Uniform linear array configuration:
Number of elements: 32
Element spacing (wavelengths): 0.25
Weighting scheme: uniform
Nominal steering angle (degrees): -45
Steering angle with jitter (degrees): -46.319
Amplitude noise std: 0.05
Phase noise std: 0.05

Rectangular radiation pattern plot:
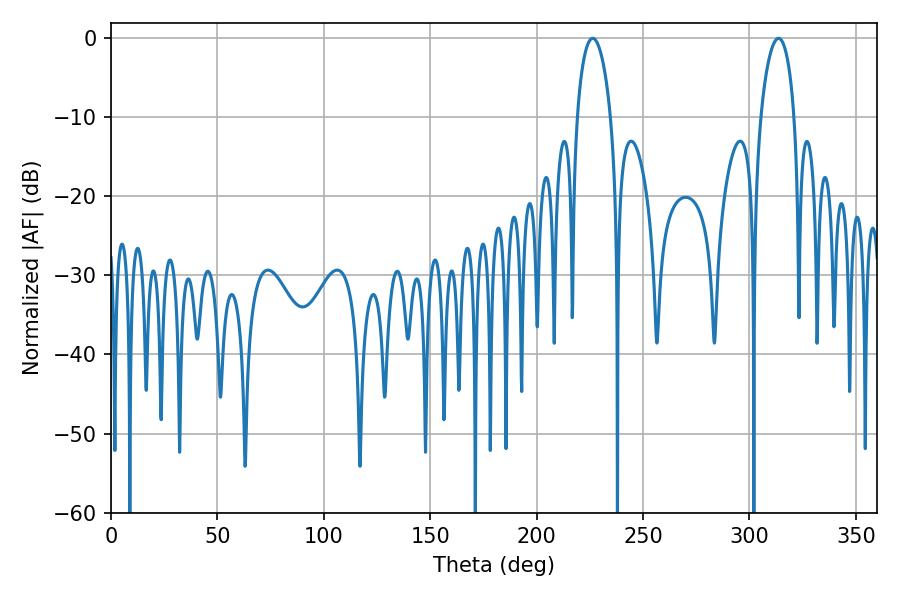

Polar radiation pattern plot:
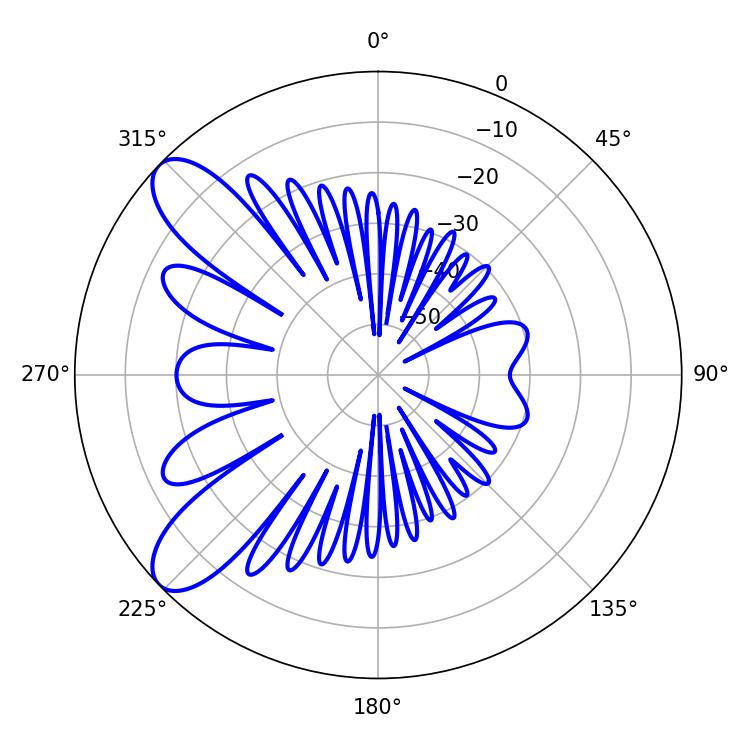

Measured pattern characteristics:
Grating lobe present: FALSE
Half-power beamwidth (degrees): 9.18
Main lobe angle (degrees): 226.26